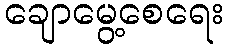
ချောမွေ့စေရေး